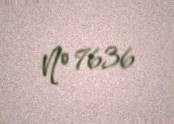
№ 7636